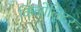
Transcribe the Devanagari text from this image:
किलोलिटर